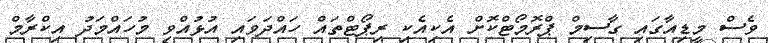
ވެސް މީޑިއާގައި ގާސިމް ޕްރޮމޯޓްކޮށް އެކިއެކި ރިޕޯޓްތައް ހައްދަވައި އުޅުއްވި މުހައްމަދު އިކްރާމް